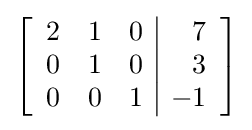
\left[{\begin{array}{rrr|r}2&1&0&7\\0&1&0&3\\0&0&1&-1\end{array}}\right]